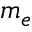
m _ { e }